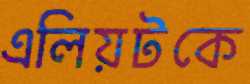
এলিয়টকে